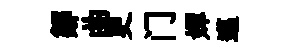
鄒曲更门嬋邁